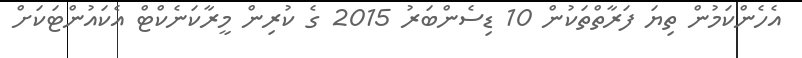
އެހެންކަމުން ތިޔަ ފަރާތްތަކުން 10 ޑިސެންބަރު 2015 ގެ ކުރިން މީރާކަނެކްޓް އެކައުންޓަކަށް